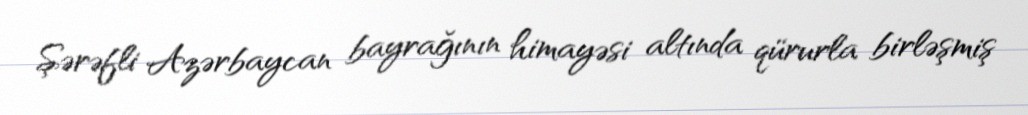
Şərəfli Azərbaycan bayrağının himayəsi altında qürurla birləşmiş